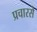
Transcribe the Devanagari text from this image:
प्रचारसे